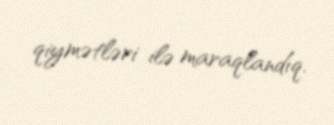
qiymətləri ilə maraqlandıq.